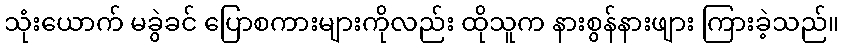
သုံးယောက် မခွဲခင် ပြောစကားများကိုလည်း ထိုသူက နားစွန်နားဖျား ကြားခဲ့သည်။